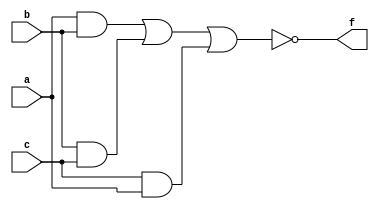
module Minority_Detector(a,b,c,f);

    input a,b,c;
    output f;
    
    wire w1,w2,w3;
    
    assign w1=a&b;
    assign w2=b&c;
    assign w3=c&a;
    assign f=~(w1|w2|w3);
    
endmodule